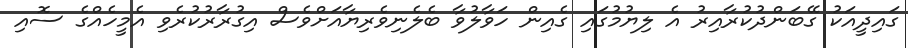
ގައިދީއަކު ގޭބަންދުކުރާއިރު އެ ލިޔުމުގައި ގެއިން ހަވާލުވާ ބެލެނިވެރިޔާއަށްވެސް އިގުރާރުކުރެވި އެމީހެއްގެ ސޮއި